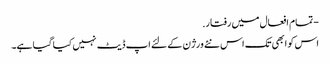
- تمام افعال میں رفتار.
اس کو ابھی تک اس نئے ورژن کے لئے اپ ڈیٹ نہیں کیا گیا ہے۔